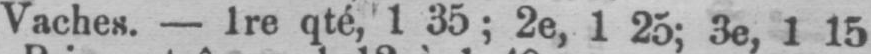
Vaches. - 1re qté, 1 35; 2e, 1 25; 3e, 1 15